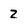
Character: Z